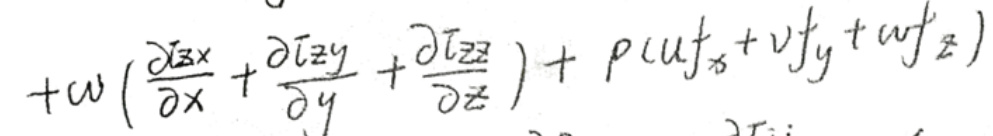
\[
+ \omega \left( \frac{\partial \tau_{zx}}{\partial x} + \frac{\partial \tau_{zy}}{\partial y} + \frac{\partial \tau_{zz}}{\partial z} \right) + \rho ( u f_x + v f_y + w f_z )
\]